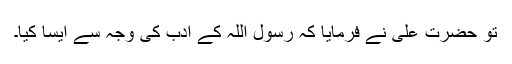
تو حضرت علیؓ نے فرمایا کہ رسول اللہؐ کے ادب کی وجہ سے ایسا کیا۔